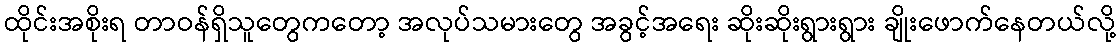
ထိုင်းအစိုးရ တာဝန်ရှိသူတွေကတော့ အလုပ်သမားတွေ အခွင့်အရေး ဆိုးဆိုးရွားရွား ချိုးဖောက်နေတယ်လို့